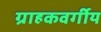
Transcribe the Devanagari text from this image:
ग्राहकवर्गीय